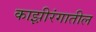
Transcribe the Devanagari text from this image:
काझ़ीरंगातील